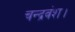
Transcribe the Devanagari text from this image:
चन्द्रवंश।